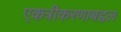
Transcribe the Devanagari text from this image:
एकत्रीकरणाबद्दल